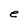
Character: e